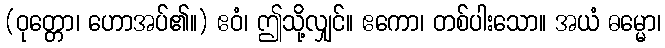
(ဝုတ္တော၊ ဟောအပ်၏။) ဧဝံ၊ ဤသို့လျှင်။ ဧကော၊ တစ်ပါးသော။ အယံ ဓမ္မော၊